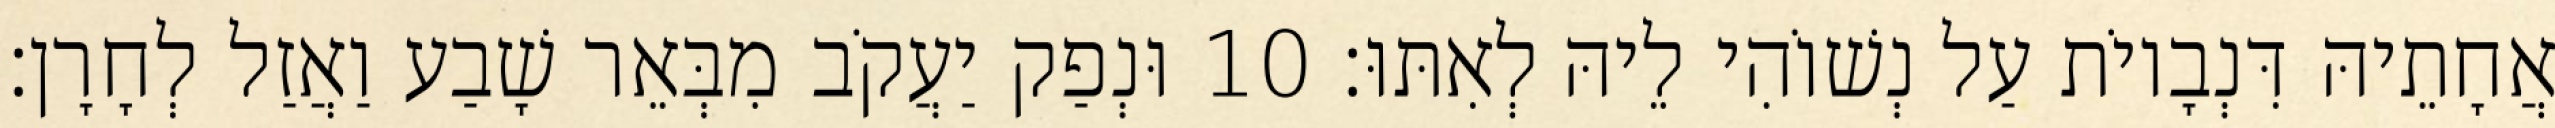
אֲחָתֵיהּ דִּנְבָיוֹת עַל נְשׁוֹהִי לֵיהּ לְאִתּוּ׃ 10 וּנְפַק יַעֲקֹב מִבְּאֵר שָׁבַע וַאֲזַל לְחָרָן׃